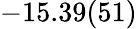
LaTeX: -15.39(51)